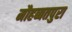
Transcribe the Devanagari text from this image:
मौहब्बतपुरा